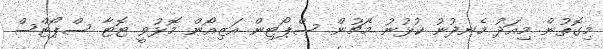
މިގޮތުން މިއަދު ހެނދުނު ކުޅުނު މެޗުން ސްޕޯޓިން އަޒިއޯން މޮޅުވީ ޓޮޓާ ސްޕޯޓްސް